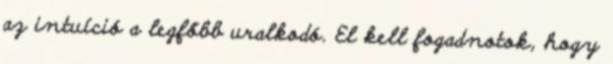
az intuíció a legfőbb uralkodó. El kell fogadnotok, hogy